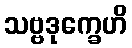
သဗ္ဗဒုက္ခေဟိ